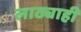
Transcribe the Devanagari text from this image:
लाठ्याही